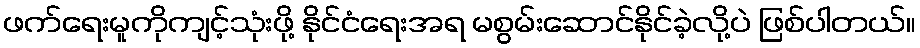
ဖက်ရေးမူကိုကျင့်သုံးဖို့ နိုင်ငံရေးအရ မစွမ်းဆောင်နိုင်ခဲ့လို့ပဲ ဖြစ်ပါတယ်။